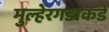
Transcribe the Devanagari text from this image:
मुल्हेरगडाकडे